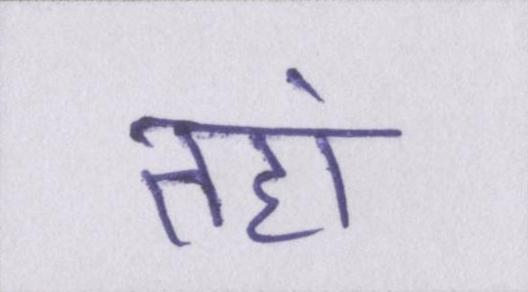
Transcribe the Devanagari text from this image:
तहां